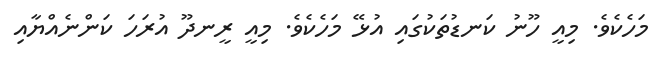
މަހެކެވެ. މިއީ ހޫނު ކަނޑުތަކުގައި އުޅޭ މަހެކެވެ. މިއީ ރީނދޫ އުރަހަ ކަންނެއްޔާއި